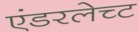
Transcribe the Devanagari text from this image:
एंडरलेच्ट